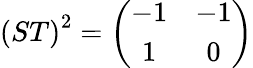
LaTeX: \left(ST\right)^{2}=\left(\begin{array}{cc}{{-1}}&{{-1}}\\ {{1}}&{{0}}\end{array}\right)